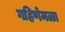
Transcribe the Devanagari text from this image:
गहिणेमळा